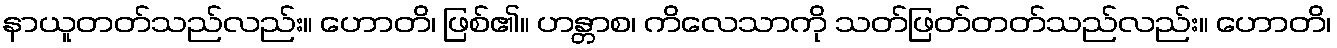
နာယူတတ်သည်လည်း။ ဟောတိ၊ ဖြစ်၏။ ဟန္တာစ၊ ကိလေသာကို သတ်ဖြတ်တတ်သည်လည်း။ ဟောတိ၊